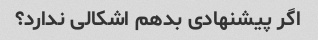
اگر پیشنهادی بدهم اشکالی ندارد؟